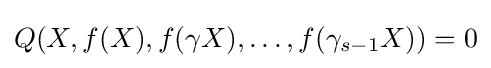
Q(X,f(X),f(\gamma X),\ldots ,f(\gamma _{s-1}X))=0